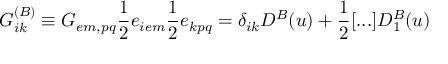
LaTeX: G _ { i k } ^ { ( B ) } \equiv G _ { e m , p q } \frac { 1 } { 2 } e _ { i e m } \frac { 1 } { 2 } e _ { k p q } = \delta _ { i k } D ^ { B } ( u ) + \frac { 1 } { 2 } [ . . . ] D _ { 1 } ^ { B } ( u )